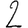
Digit: 2